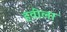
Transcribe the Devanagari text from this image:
हवीला